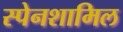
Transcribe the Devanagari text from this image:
स्पेनशामिल